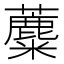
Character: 蘪